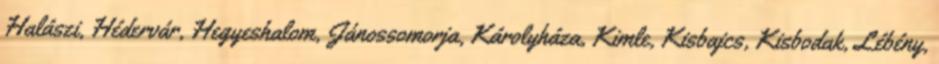
Halászi, Hédervár, Hegyeshalom, Jánossomorja, Károlyháza, Kimle, Kisbajcs, Kisbodak, Lébény,